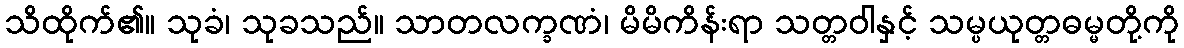
သိထိုက်၏။ သုခံ၊ သုခသည်။ သာတလက္ခဏံ၊ မိမိကိန်းရာ သတ္တဝါနှင့် သမ္ပယုတ္တဓမ္မတို့ကို